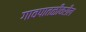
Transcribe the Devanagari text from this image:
गावपातळीवरील